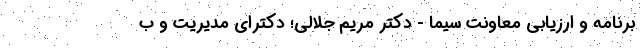
برنامه و ارزیابی معاونت سیما - دکتر مریم جلالی؛ دکترای مدیریت و ب